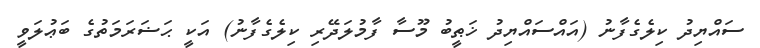
ސައްޔިދު ކިލެގެފާނު (އައްސައްޔިދު ޚަޠީބު މޫސާ ފާމުލަދޭރި ކިލެގެފާނު) އަކީ ޙަޟަރަމަތުގެ ބަޢުލަވީ